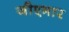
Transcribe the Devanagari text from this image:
जीएमार